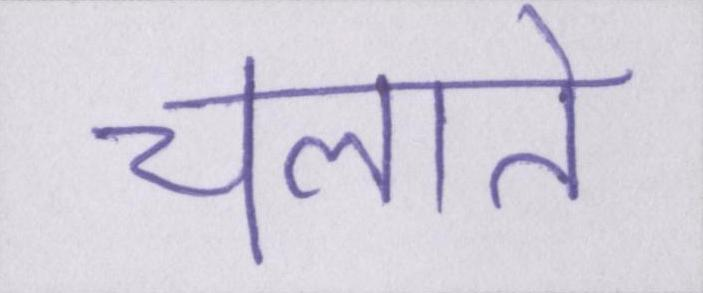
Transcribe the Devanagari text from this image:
चलाते